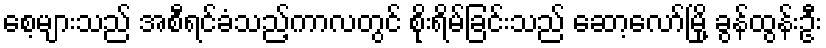
စေ့များသည် အစီရင်ခံသည့်ကာလတွင် စိုးရိမ်ခြင်းသည် ဆော့လော်မြို့ ခွန်ထွန်းဦး